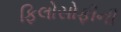
ફિલોસોફીની